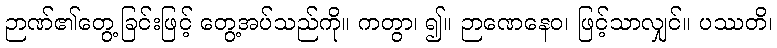
ဉာဏ်၏တွေ့ခြင်းဖြင့် တွေ့အပ်သည်ကို။ ကတွာ၊ ၍။ ဉာဏေနေဝ၊ ဖြင့်သာလျှင်။ ပဿတိ၊